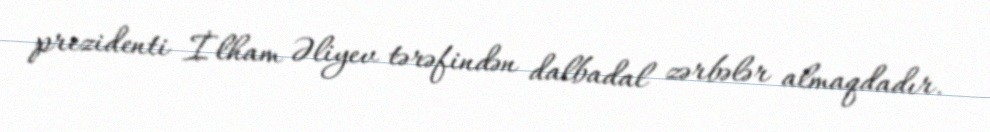
prezidenti İlham Əliyev tərəfindən dalbadal zərbələr almaqdadır.